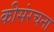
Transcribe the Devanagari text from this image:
कीसंरचना